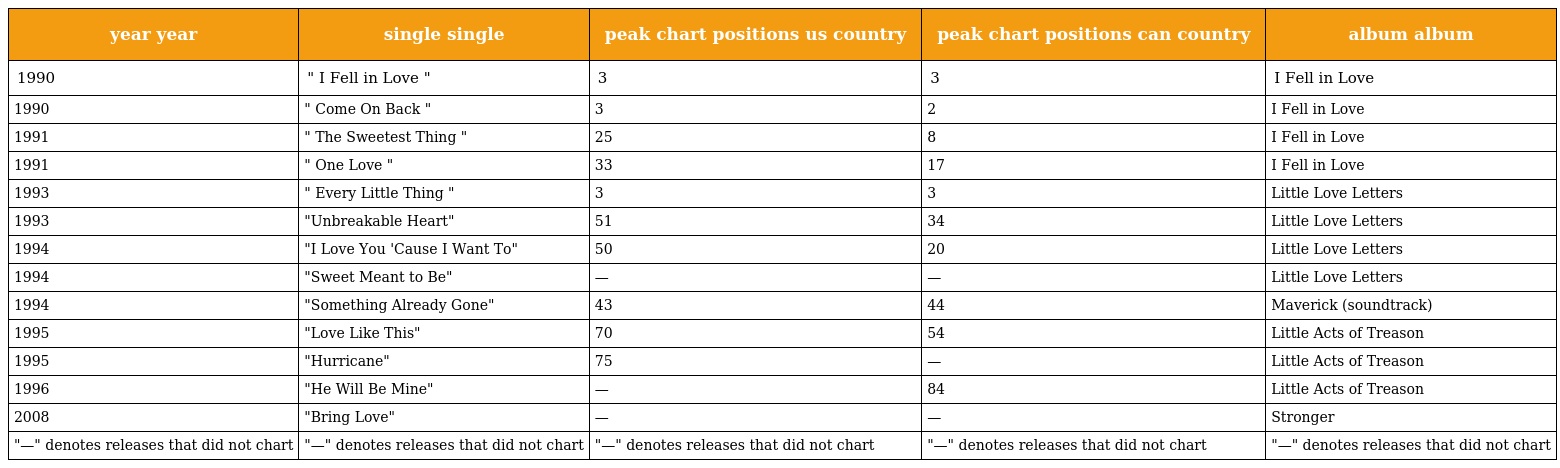
| year year | single single | peak chart positions us country | peak chart positions can country | album album |
 | --- | --- | --- | --- | --- |
 | 1990 | " I Fell in Love " | 3 | 3 | I Fell in Love |
 | 1990 | " Come On Back " | 3 | 2 | I Fell in Love |
 | 1991 | " The Sweetest Thing " | 25 | 8 | I Fell in Love |
 | 1991 | " One Love " | 33 | 17 | I Fell in Love |
 | 1993 | " Every Little Thing " | 3 | 3 | Little Love Letters |
 | 1993 | "Unbreakable Heart" | 51 | 34 | Little Love Letters |
 | 1994 | "I Love You 'Cause I Want To" | 50 | 20 | Little Love Letters |
 | 1994 | "Sweet Meant to Be" | — | — | Little Love Letters |
 | 1994 | "Something Already Gone" | 43 | 44 | Maverick (soundtrack) |
 | 1995 | "Love Like This" | 70 | 54 | Little Acts of Treason |
 | 1995 | "Hurricane" | 75 | — | Little Acts of Treason |
 | 1996 | "He Will Be Mine" | — | 84 | Little Acts of Treason |
 | 2008 | "Bring Love" | — | — | Stronger |
 | "—" denotes releases that did not chart | "—" denotes releases that did not chart | "—" denotes releases that did not chart | "—" denotes releases that did not chart | "—" denotes releases that did not chart |